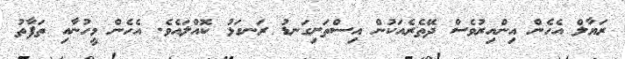
ރަޔާލް އެހެން އިންއިރުވެސް ދޭތެރެއަކުން އިސްތަށިގަނޑު ރަނގަޅު ކޮއްލައެވެ. އެހެން މީހުނާއި ތަފާތު